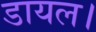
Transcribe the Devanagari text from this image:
डायल।